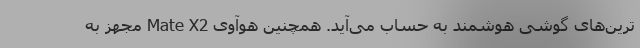
‌ترین‌های گوشی هوشمند به حساب می‌آید. همچنین هوآوی Mate X2 مجهز به